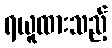
ရယူထားသည့်